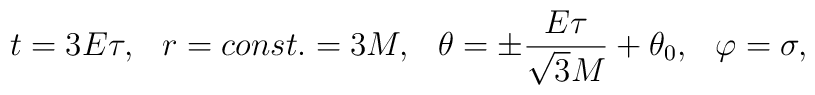
t = 3E\tau , \hspace{0.3cm} r = const. = 3M,\hspace{0.3cm} \theta = \pm \frac{E\tau}{\sqrt{3}M} + \theta_{0}   ,\hspace{0.3cm} \varphi = \sigma ,